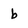
Character: b